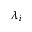
\lambda _ { i }